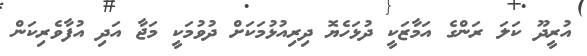
އުރީދޫ ކަލަ ރަންގެ އަމާޒަކީ ދުޅަހެޔޮ ދިރިއުޅުމަކަށް ދުވުމަކީ މަޖާ އަދި އުފާވެރިކަން